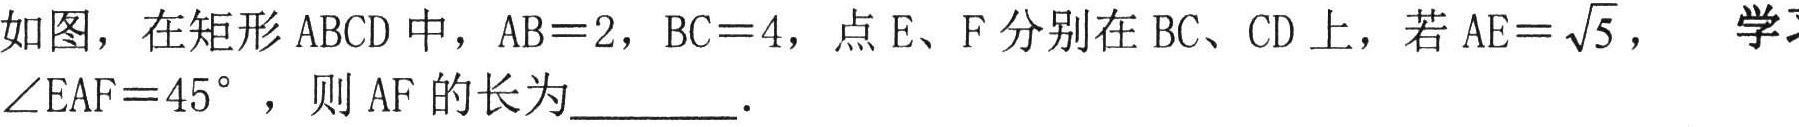
如图，在矩形 \(ABCD\) 中，\(AB = 2\)，\(BC = 4\)，点 \(E\)、\(F\) 分别在 \(BC\)、\(CD\) 上，若 \(AE=\sqrt{5}\)，\(\angle EAF = 45^{\circ}\) ，则 \(AF\) 的长为  ．